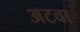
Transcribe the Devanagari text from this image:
अटवा